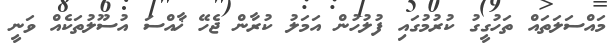
މައްސަލަތައް ތަހުގީގު ކުރުމުގައި ފުލުހުން އަމަލު ކުރާން ޖެހޭ ޚާއްސަ އުސޫލުތަކެއް ވަނީ